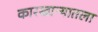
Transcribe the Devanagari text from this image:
कारखान्यातला